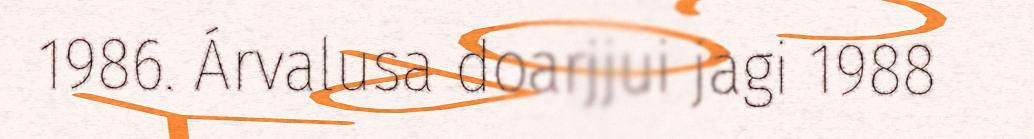
1986. Árvalusa doarjjui jagi 1988